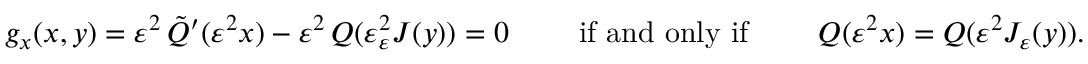
\begin{array} { r l } & { g _ { x } ( x , y ) = \varepsilon ^ { 2 } \, \tilde { Q } ^ { \prime } ( \varepsilon ^ { 2 } x ) - \varepsilon ^ { 2 } \, Q ( \varepsilon _ { \varepsilon } ^ { 2 } J ( y ) ) = 0 \qquad \mathrm { ~ i f ~ a n d ~ o n l y ~ i f ~ } \qquad Q ( \varepsilon ^ { 2 } x ) = Q ( \varepsilon ^ { 2 } J _ { \varepsilon } ( y ) ) . } \end{array}